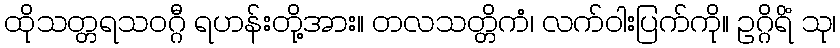
ထိုသတ္တရသဝဂ္ဂီ ရဟန်းတို့အား။ တလသတ္တိကံ၊ လက်ဝါးပြက်ကို။ ဥဂ္ဂိရိံ သု၊